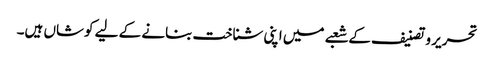
تحریر و تصنیف کے شعبے میں اپنی شناخت بنانے کے لیے کوشاں ہیں۔